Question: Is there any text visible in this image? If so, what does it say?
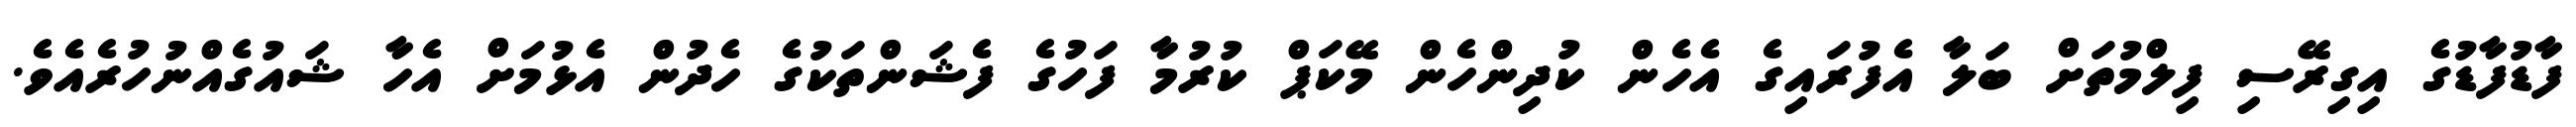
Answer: ފާޑުފާޑުގެ އިގިރޭސި ފިލްމުތަށް ބަލާ އެފުރައިގެ އެހެން ކުދިންހެން މޭކަޕް ކުރުމާ ފަހުގެ ފެޝަންތަކުގެ ހެދުން އެޅުމަށް އެހާ ޝައުގެއްނުހުރެއެވެ.